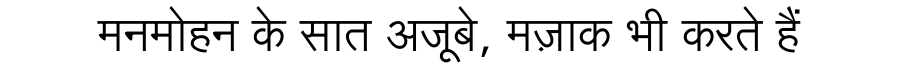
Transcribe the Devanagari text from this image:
मनमोहन के सात अजूबे, मज़ाक भी करते हैं